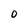
Character: O